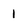
Character: 1